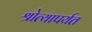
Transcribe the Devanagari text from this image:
श्रोत्यापर्यत